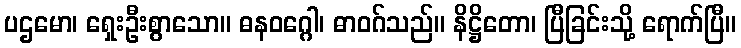
ပဌမော၊ ရှေးဦးစွာသော။ ဓနဝဂ္ဂေါ၊ ဓာဝဂ်သည်။ နိဋ္ဌိတော၊ ပြီခြင်းသို့ ရောက်ပြီ။